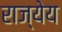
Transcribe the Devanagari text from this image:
राज्येय